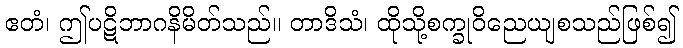
ဧတံ၊ ဤပဋိဘာဂနိမိတ်သည်။ တာဒိသံ၊ ထိုသို့စက္ခုဝိညေယျစသည်ဖြစ်၍